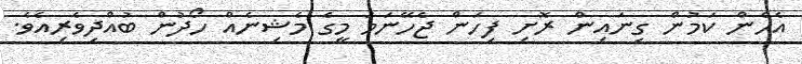
އެހެން ކަމުން ގިނައިން ރޮށި ފިހަން ޖެހޭނަމަ މީގެ މެޝިނެއް ހޯދުން ބުއްދިވެރިއެވެ.